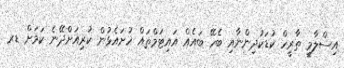
އިސްލާމީ ތާރީހް ކުޑަކުދިންނާއި ބެހޭ ބައެއް އައިޓަމްތައް ހުށައެޅުން ކުރިއަށްދޭނެ ކަމަށް ޑރ